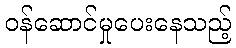
ဝန်ဆောင်မှုပေးနေသည့်